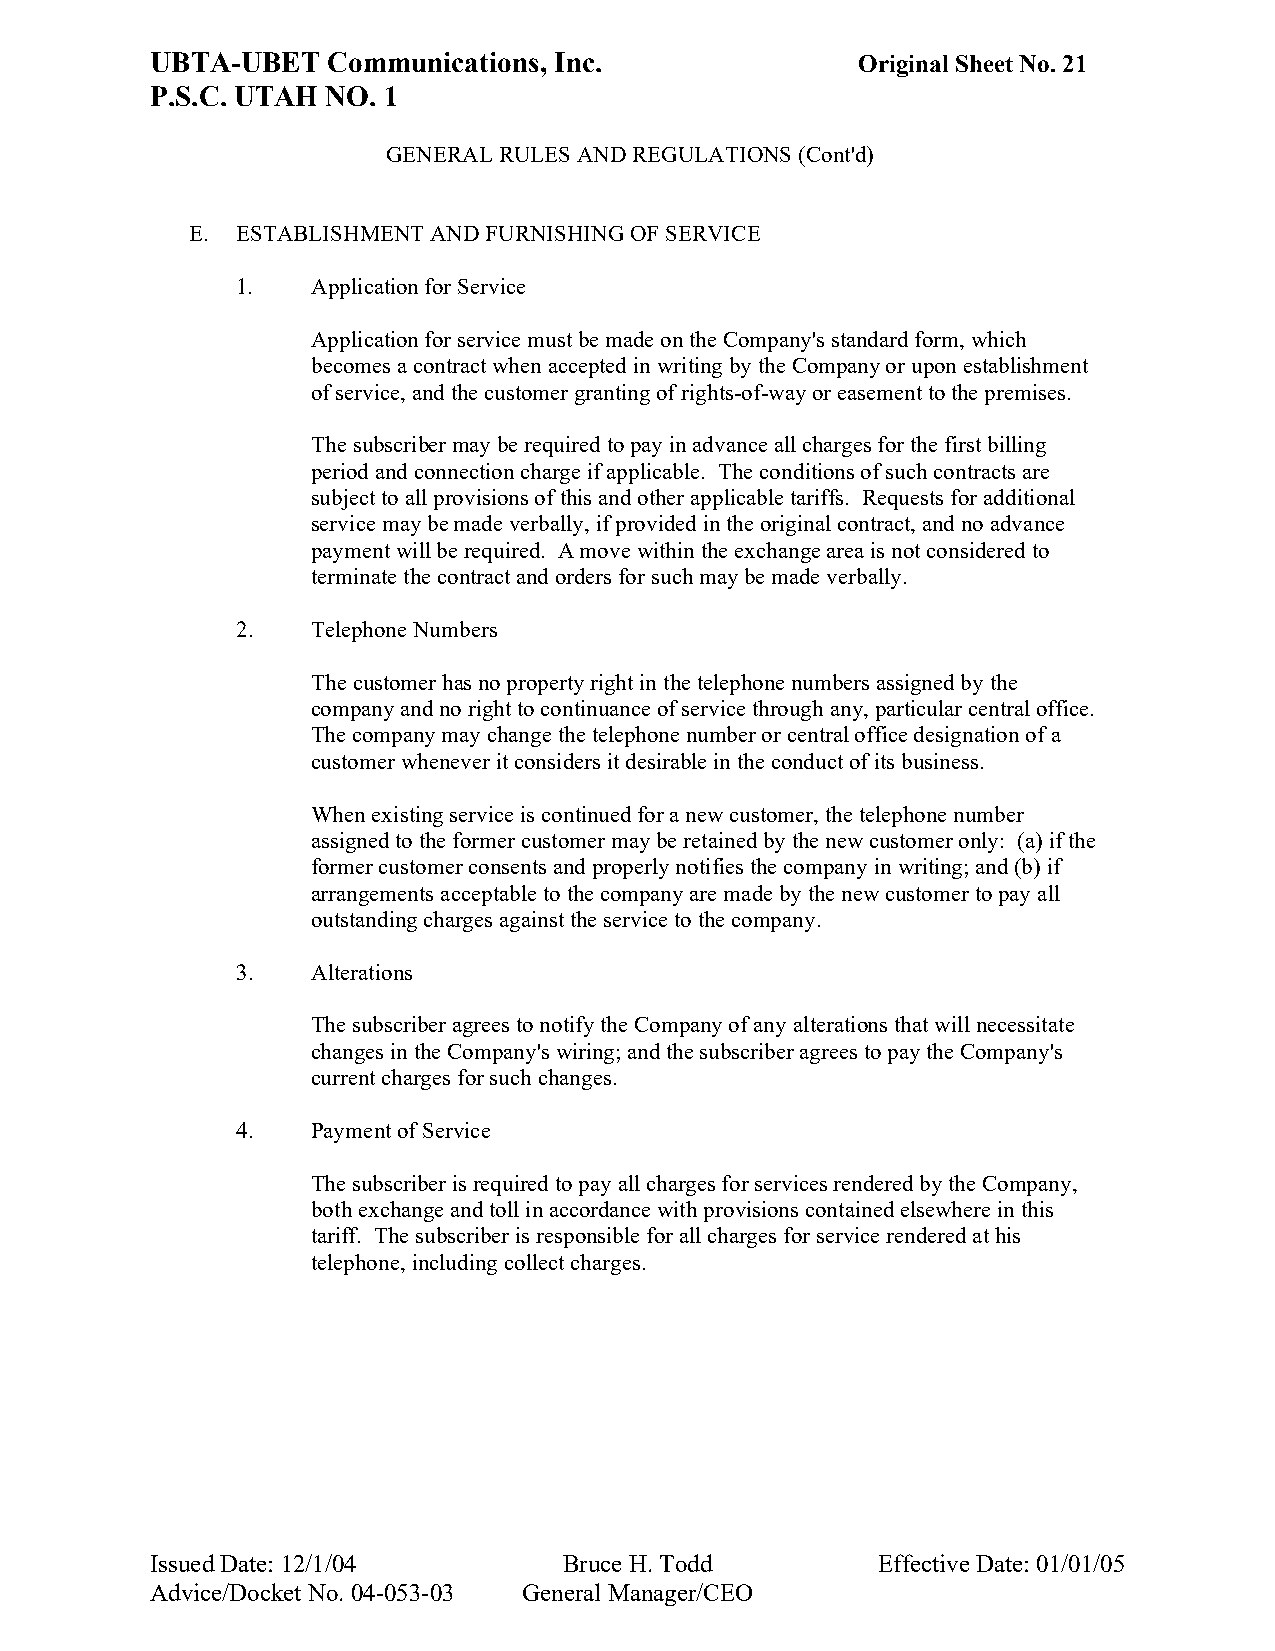
UBTA-UBET   Communications, Inc.               Original Sheet No. 21
 P.S.C. UTAH NO. 1
 GENERAL RULES AND REGULATIONS (Cont'd)
 E. ESTABLISHMENT AND FURNISHING OF SERVICE
 1.   Application for Service
 Application for service must be made on the Company's standard form, which
 becomes a contract when accepted in writing by the Company or upon establishment
 of service, and the customer granting of rights-of-way or easement to the premises.
 The subscriber may be required to pay in advance all charges for the first billing
 period and connection charge if applicable. The conditions of such contracts are
 subject to all provisions of this and other applicable tariffs. Requests for additional
 service may be made verbally, if provided in the original contract, and no advance
 payment will be required. A move within the exchange area is not considered to
 terminate the contract and orders for such may be made verbally.
 2.   Telephone Numbers
 The customer has no property right in the telephone numbers assigned by the
 company and no right to continuance of service through any, particular central office.
 The company may change the telephone number or central office designation of a
 customer whenever it considers it desirable in the conduct of its business.
 When existing service is continued for a new customer, the telephone number
 assigned to the former customer may be retained by the new customer only: (a) if the
 former customer consents and properly notifies the company in writing; and (b) if
 arrangements acceptable to the company are made by the new customer to pay all
 outstanding charges against the service to the company.
 3.   Alterations
 The subscriber agrees to notify the Company of any alterations that will necessitate
 changes in the Company's wiring; and the subscriber agrees to pay the Company's
 current charges for such changes.
 4.   Payment of Service
 The subscriber is required to pay all charges for services rendered by the Company,
 both exchange and toll in accordance with provisions contained elsewhere in this
 tariff. The subscriber is responsible for all charges for service rendered at his
 telephone, including collect charges.
 Issued Date: 12/1/04       Bruce H. Todd        Effective Date: 01/01/05
 Advice/Docket No. 04-053-03 General Manager/CEO